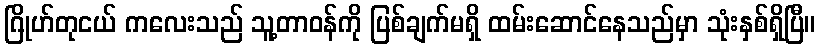
ဂြိုဟ်တုငယ် ကလေးသည် သူ့တာဝန်ကို ပြစ်ချက်မရှိ ထမ်းဆောင်နေသည်မှာ သုံးနှစ်ရှိပြီ။